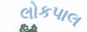
લોકપાલ